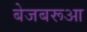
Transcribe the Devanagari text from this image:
बेजबरूआ